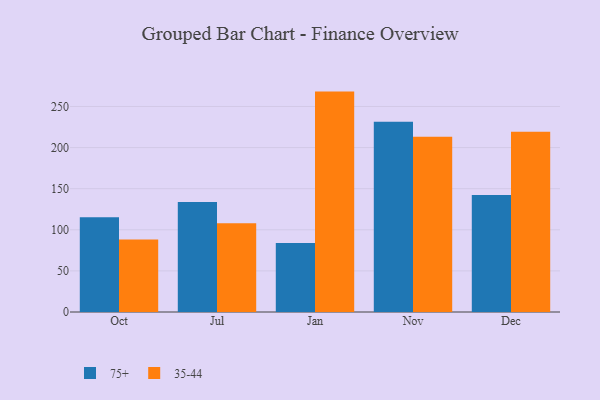
{"axis": {"x": "Month", "y": "Headcount"}, "legend": ["35-44", "75+"], "data": [{"x": "Oct", "y": 115.2, "type": "75+"}, {"x": "Oct", "y": 88.3, "type": "35-44"}, {"x": "Jul", "y": 133.9, "type": "75+"}, {"x": "Jul", "y": 108.0, "type": "35-44"}, {"x": "Jan", "y": 83.9, "type": "75+"}, {"x": "Jan", "y": 268.1, "type": "35-44"}, {"x": "Nov", "y": 231.4, "type": "75+"}, {"x": "Nov", "y": 213.1, "type": "35-44"}, {"x": "Dec", "y": 142.2, "type": "75+"}, {"x": "Dec", "y": 219.2, "type": "35-44"}]}